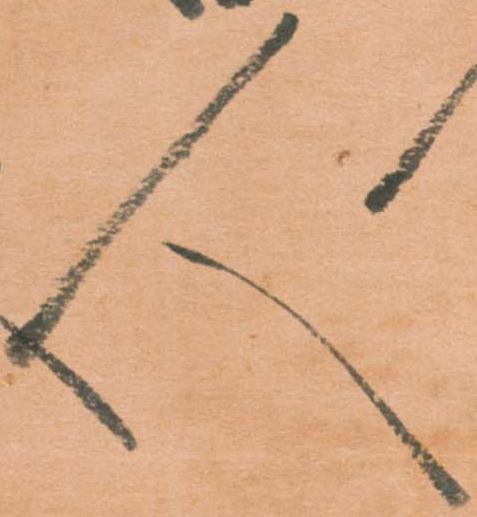
人